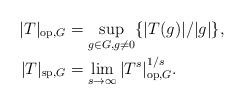
LaTeX: \begin{align*}|T|_{\mathrm{op},G}&=\sup_{g\in G,g\neq 0}\{|T(g)|/|g|\},\\|T|_{\mathrm{sp},G}&=\lim_{s\to\infty}|T^s|^{1/s}_{\mathrm{op},G}.\end{align*}